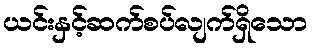
ယင်းနှင့်ဆက်စပ်လျက်ရှိသော